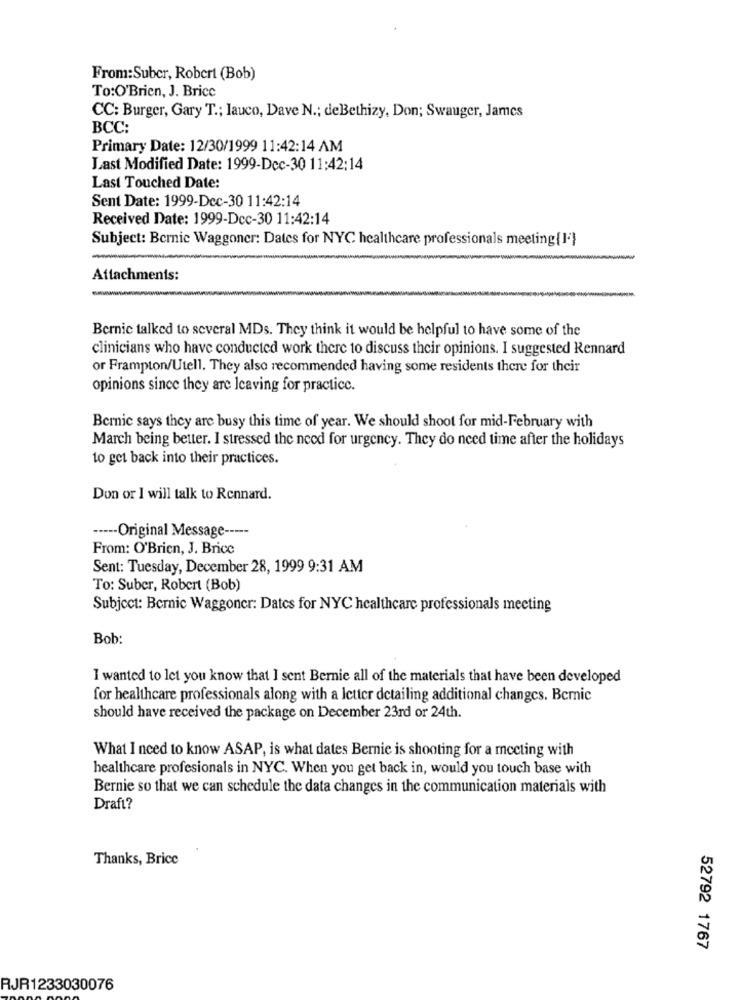
From:Suber, Robert (Bob)
To:O'Brien, J. Brice
CC: Burger, Gary T .; lauco, Dave N .; deBethizy, Don; Swauger, James
BCC:
Primary Date: 12/30/1999 11:42:14 AM
Last Modified Date: 1999-Dec-30 11:42:14
Last Touched Date:
Sent Date: 1999-Dec-30 11:42:14
Received Date: 1999-Dcc-30 11:42:14
Subject: Bernie Waggoner: Dates for NYC healthcare professionals meeting(I'}
Attachments:
Bernie talked to several MDs. They think it would be helpful to have some of the
clinicians who have conducted work there to discuss their opinions. I suggested Kennard
or Frampton/Utell. They also recommended having some residents there for their
opinions since they are leaving for practice.
Bernie says they are busy this time of year. We should shoot for mid-February with
March being better. I stressed the need for urgency. They do need time after the holidays
to get back into their practices.
Don or I will talk to Rennard.
----- Original Message ----·
From: O'Brien, J. Brice
Sent: Tuesday, December 28, 1999 9:31 AM
To: Suber, Robert (Bob)
Subject: Bernic Waggoner: Dates for NYC healthcare professionals meeting
Bob:
I wanted to let you know that I sent Bernie all of the materials that have been developed
for healthcare professionals along with a letter detailing additional changes. Bemnic
should have received the package on December 23rd or 24th.
What I need to know ASAP, is what dates Bernie is shooting for a meeting with
healthcare profesionals in NYC. When you get back in, would you touch base with
Bernie so that we can schedule the data changes in the communication materials with
Draft?
Thanks, Brice
52792 1767
RJR1233030076